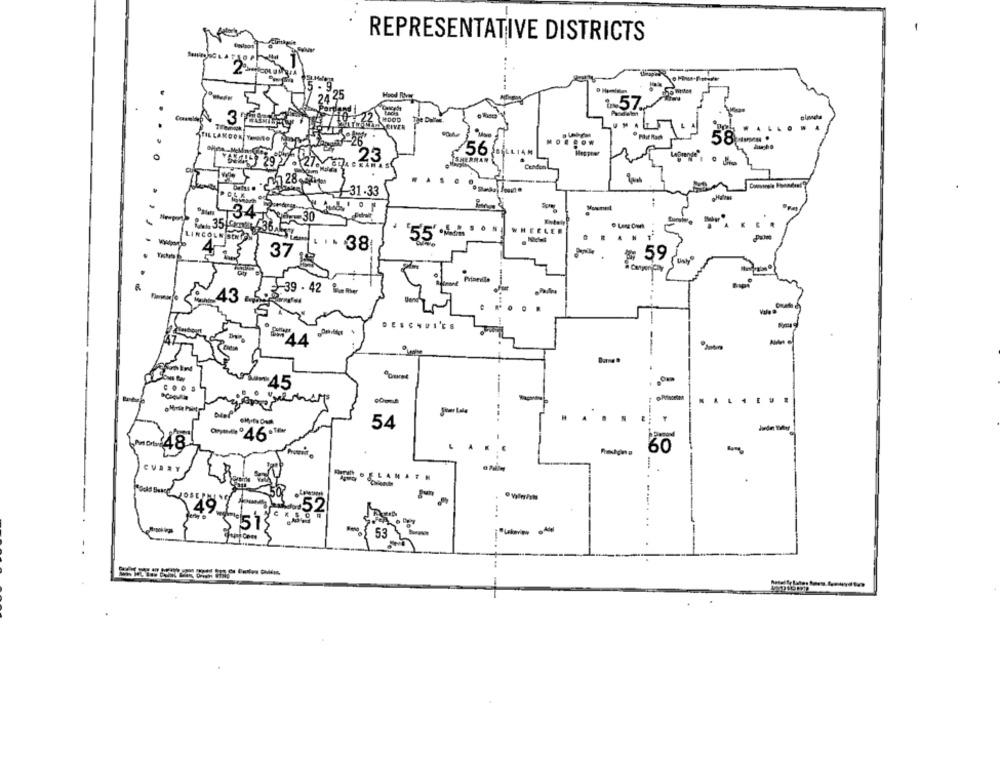
REPRESENTATIVE DISTRICTS
Hood RNET
Lacis
MOOD
SHERMAN
92.27
₹31.33
31
9-30
2 35 9 -36
· Lang Owk
LINCOLN SENIN
WHEELER
4-
... 38
37
₩ 59
39- 42 %Ri
DESCHUI'ES
COOS
45
-.
54
.
60
-
53